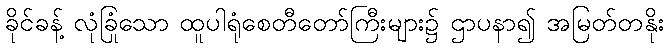
ခိုင်ခန့် လုံခြုံသော ထူပါရုံစေတီတော်ကြီးများ၌ ဌာပနာ၍ အမြတ်တနိုး